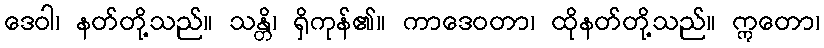
ဒေဝါ၊ နတ်တို့သည်။ သန္တိ၊ ရှိကုန်၏။ ကာဒေဝတာ၊ ထိုနတ်တို့သည်။ ဣတော၊